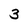
Character: 3